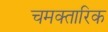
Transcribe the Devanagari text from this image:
चमक्तारिक